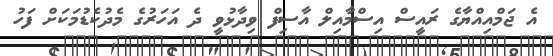
އެ ޖަމްއިއްޔާގެ ރައީސް އިސްމާއިލް އާސިފް ވިދާޅުވީ ދެ އަހަރުގެ މެދުކެޑުމަކަށް ފަހު